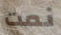
نمت